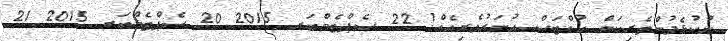
ނުކުޅެދުންތެރިކަން ހުއްޓަސް ހުނަރުވެރިއެއް! 22 ސެޕްޓެމްބަރ 2015 20 ސެޕްޓެމްބަރ 2015 21